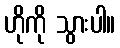
ဟိုကို သွားပါ။